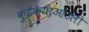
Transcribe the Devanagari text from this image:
कुईकेयाओउली